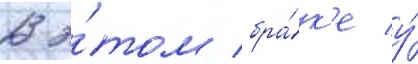
В э́том бра́к'е у́